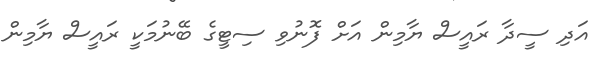
އަދި ސީދާ ރައީސް ޔާމިން އަށް ފޮނުވި ސިޓީގެ ބޭނުމަކީ ރައީސް ޔާމިން